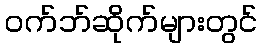
ဝက်ဘ်ဆိုက်များတွင်